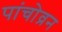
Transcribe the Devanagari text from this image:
पांचोव्रन